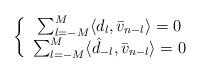
LaTeX: \begin{align*}\left\{\begin{array}{c}\sum_{l=-M}^{M}\langle d_l, \bar{v}_{n-l}\rangle=0\\\sum_{l=-M}^{M}\langle \hat{d}_{-l}, \bar{v}_{n-l}\rangle=0\end{array}\right.\end{align*}